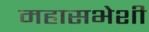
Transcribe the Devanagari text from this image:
महासभेशी